Civil Veterinary Dept. North-West Frontier Province 1901-22 - 1901-1922
Year: 1901
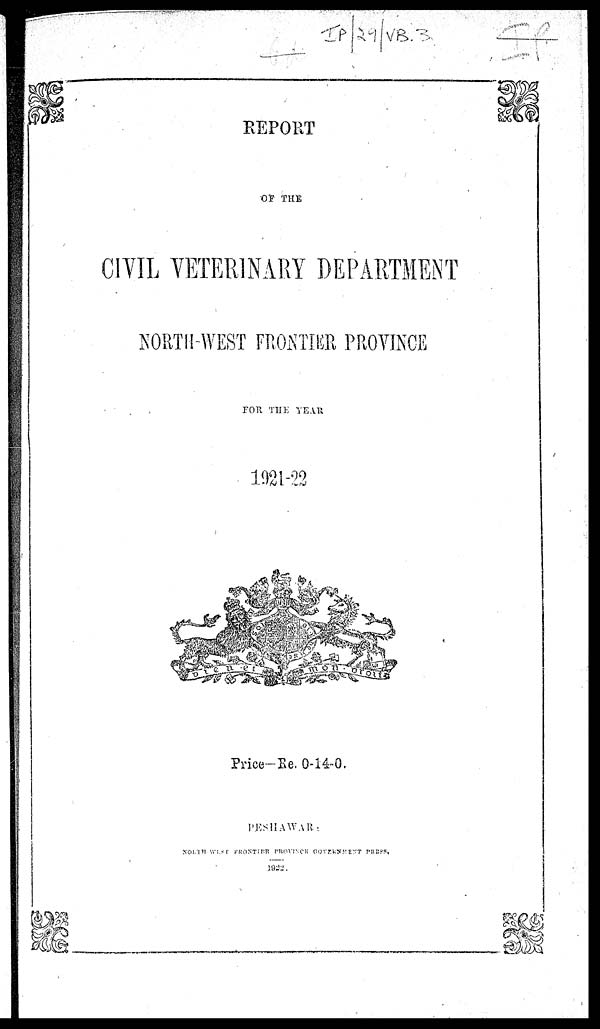
REPORT
OF THE
CIVIL VETERINARY DEPARTMENT
NORTH-WEST FRONTIER PROVINCE
FOR THE YEAR
1921-22
Price-Re. 0-14-0.